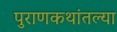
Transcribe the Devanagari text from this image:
पुराणकथांतल्या